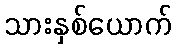
သားနှစ်ယောက်